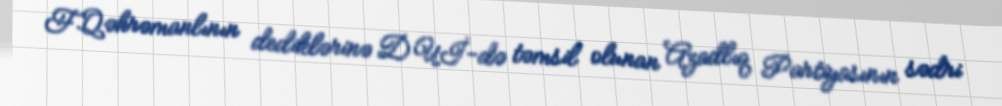
F.Qəhrəmanlının dediklərinə DUİ-də təmsil olunan Azadlıq Partiyasının sədri